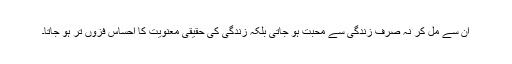
ان سے مل کر نہ صرف زندگی سے محبت ہو جاتی بلکہ زندگی کی حقیقی معنویت کا احساس فزوں تر ہو جاتا۔